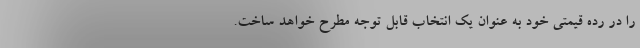
را در رده قیمتی خود به عنوان یک انتخاب قابل توجه مطرح خواهد ساخت.